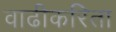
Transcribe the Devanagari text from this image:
वाढीकरिता